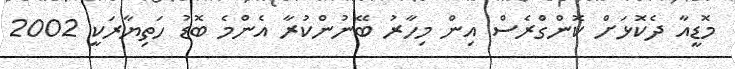
މޮޑީއާ ދެކޮޅަށް ކޮންގްރެސް އިން މިހާރު ބޭނުންކުރާ އެންމެ ބޮޑު ހަތިޔާރަކީ 2002